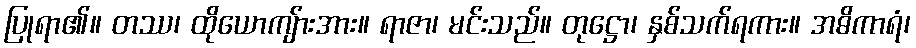
ပြုရာ၏။ တဿ၊ ထိုယောကျ်ားအား။ ရာဇာ၊ မင်းသည်။ တုဋ္ဌော၊ နှစ်သက်ရကား။ အဓိကာရံ၊